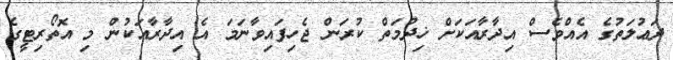
ދަޢުލަތުގެ އެއްވެސް އިދާރާއަކަށް ޚިދުމަތް ކުރަން ޖެހިފައިވާނަމަ އެ އިދާރާއަކުން މި އޮތޯރިޓީގެ